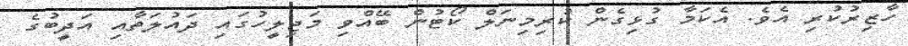
ހާޒިރުކުރި އެވެ. އެކަމާ ގުޅިގެން ކުރިމިނަލް ކޯޓުން ބޭއްވި މަޖިލީހުގައި ދައުލަތާއި އަދީބުގެ